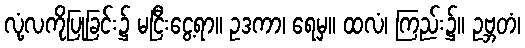
လုံ့လကိုပြုခြင်း၌ မငြီးငွေ့ရာ။ ဥဒကာ၊ ရေမှ။ ထလံ၊ ကြည်း၌။ ဥဗ္ဘတံ၊